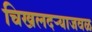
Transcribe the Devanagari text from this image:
चिखलदऱ्याजवळ